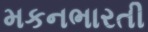
મકનભારતી